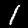
Label: 1